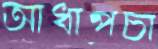
আধাপচা